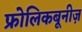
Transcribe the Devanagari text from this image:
फ्रोलिकबूनीज़